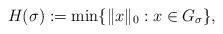
LaTeX: \begin{align*}H(\sigma):=\min\{\|x\|_0: x\in G_\sigma\},\end{align*}